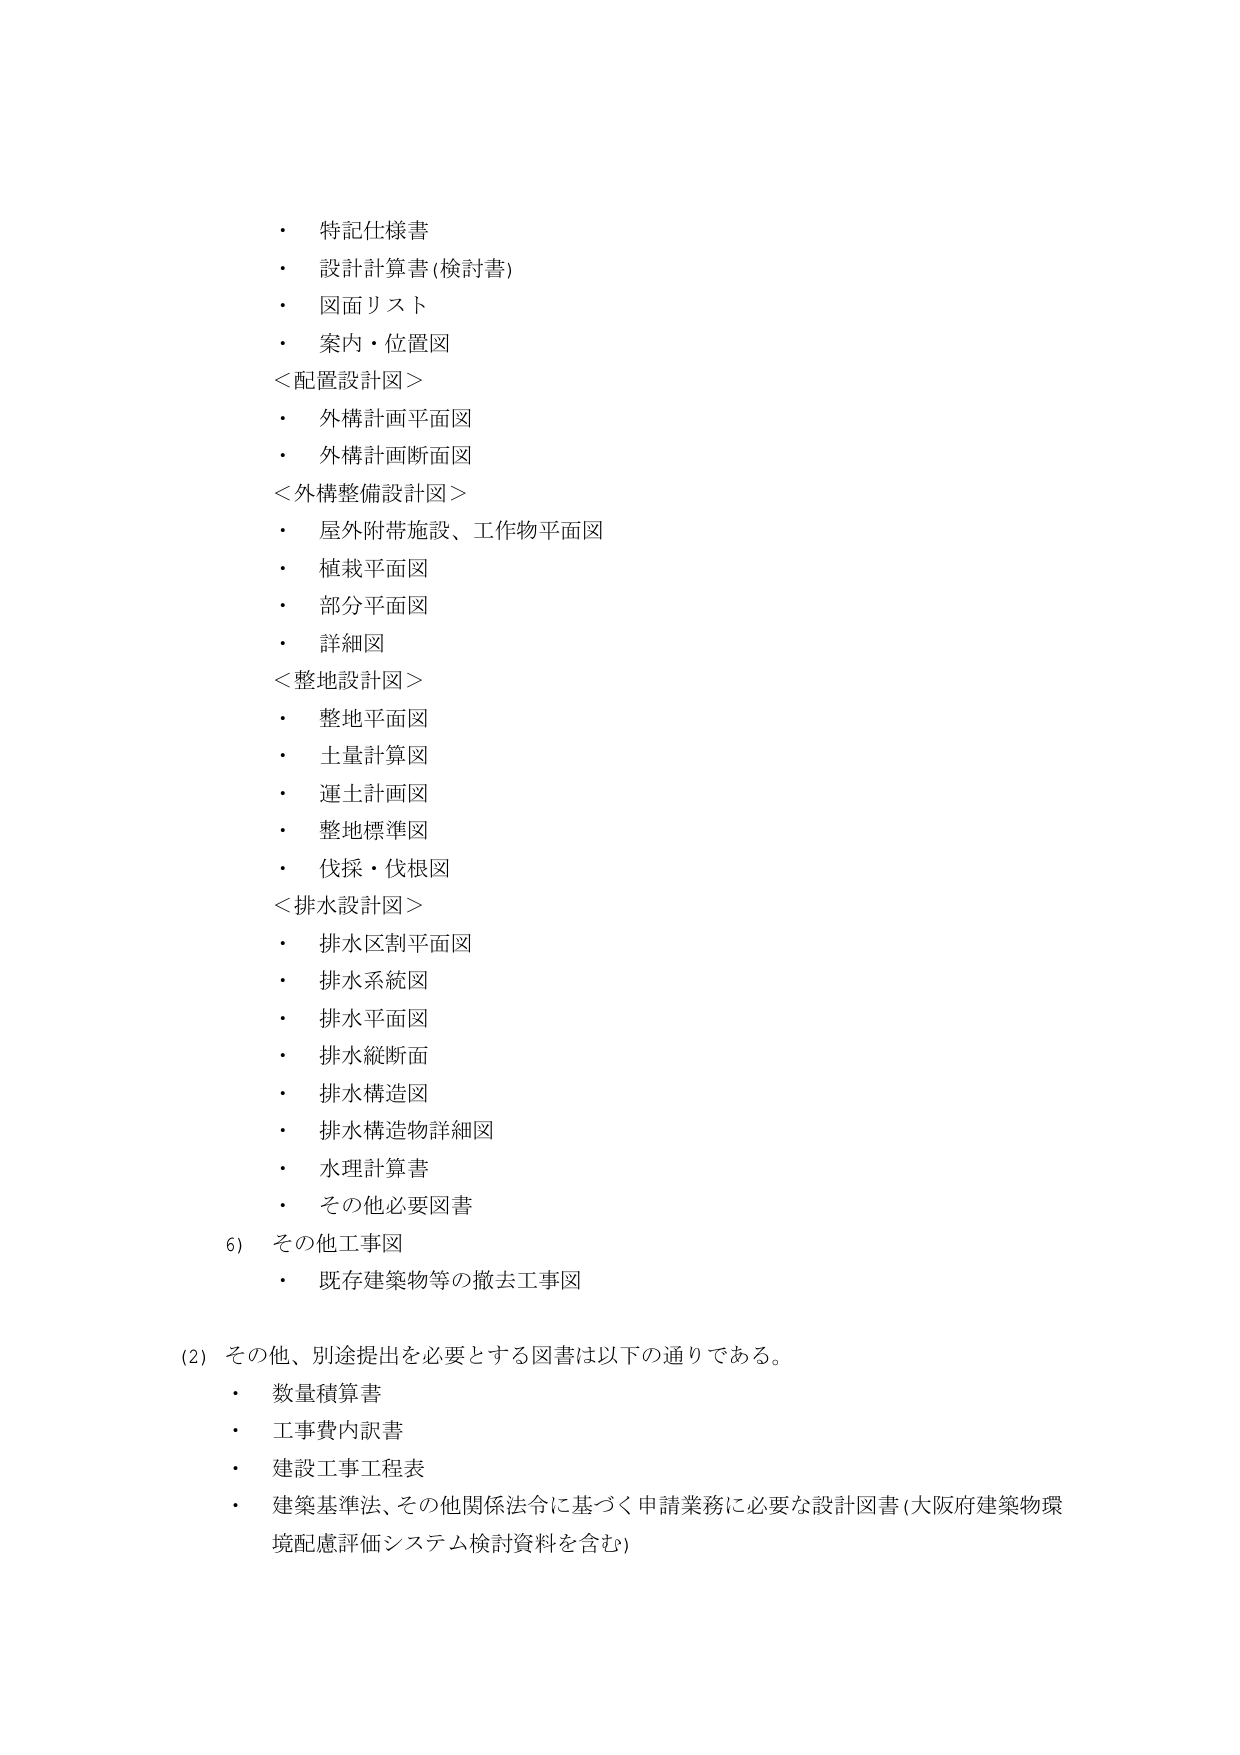
・ 特記仕様書
・ 設計計算書 (検討書)
・ 図面リスト
・ 案内・位置図
＜配置設計図＞
・ 外構計画平面図
・ 外構計画断面図
＜外構整備設計図＞
・ 屋外附帯施設、工作物平面図
・ 植栽平面図
・ 部分平面図
・ 詳細図
＜整地設計図＞
・ 整地平面図
・ 土量計算図
・ 運土計画図
・ 整地標準図
・ 伐採・伐根図
＜排水設計図＞
・ 排水区割平面図
・ 排水系統図
・ 排水平面図
・ 排水縦断面
・ 排水構造図
・ 排水構造物詳細図
・ 水理計算書
・ その他必要図書
6) その他工事図
・ 既存建築物等の撤去工事図
(2) その他、別途提出を必要とする図書は以下の通りである。
・ 数量積算書
・ 工事費内訳書
・ 建設工事工程表
・ 建築基準法、その他関係法令に基づく申請業務に必要な設計図書 (大阪府建築物環境配慮評価システム検討資料を含む)